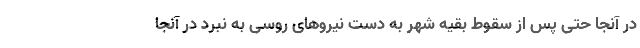
در آنجا حتی پس از سقوط بقیه شهر به دست نیروهای روسی به نبرد در آنجا